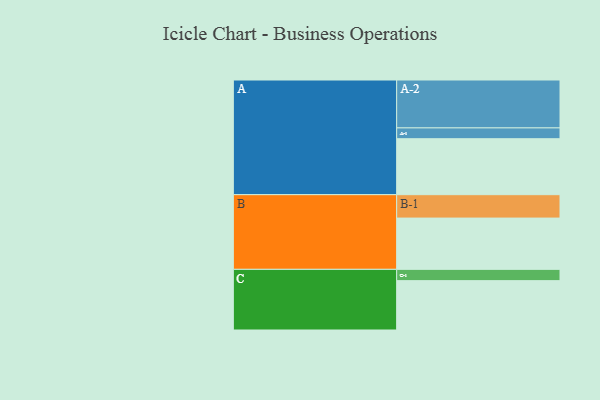
{"axis": {"x": "Segment", "y": "Value"}, "legend": ["", "A", "B", "C"], "data": [{"x": "A", "y": 347, "type": ""}, {"x": "B", "y": 318, "type": ""}, {"x": "C", "y": 306, "type": ""}, {"x": "A-1", "y": 67, "type": "A"}, {"x": "A-2", "y": 297, "type": "A"}, {"x": "B-1", "y": 145, "type": "B"}, {"x": "C-1", "y": 70, "type": "C"}]}